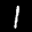
Label: 1